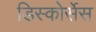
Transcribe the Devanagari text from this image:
डिस्कोर्सेस